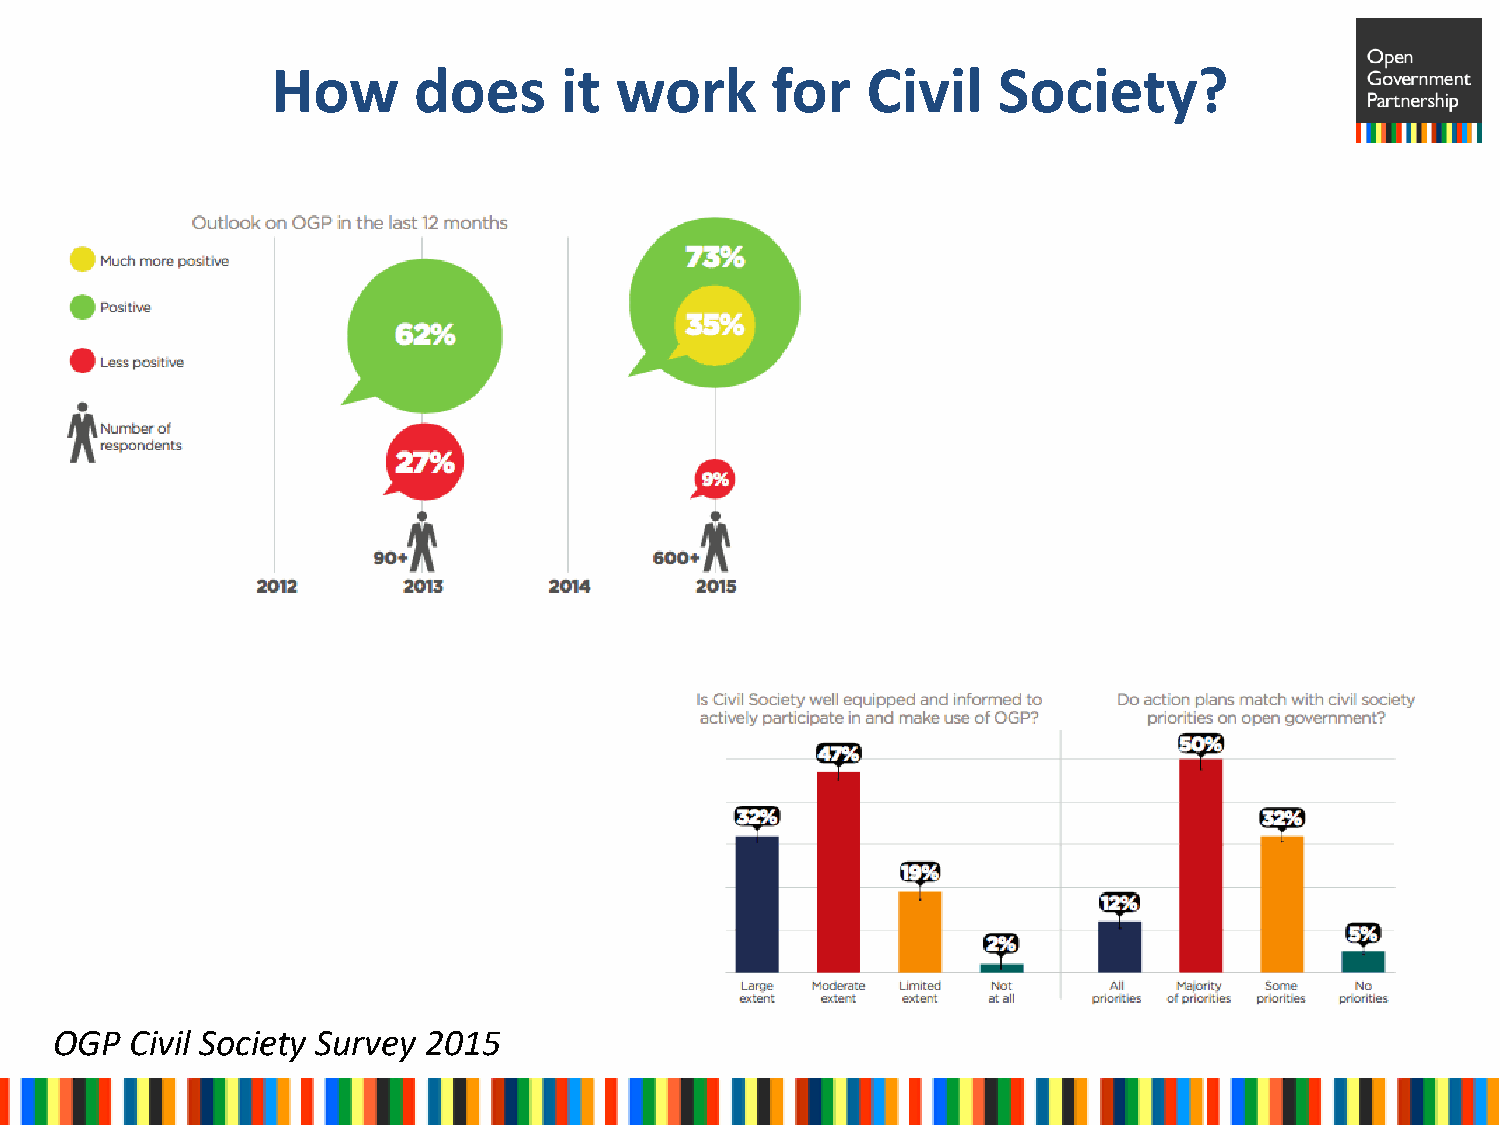
How      does      it  work      for   Civil    Society?
 OGP  Civil Society Survey 2015
 5